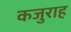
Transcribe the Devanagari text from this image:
कजुराह